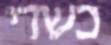
כשדי